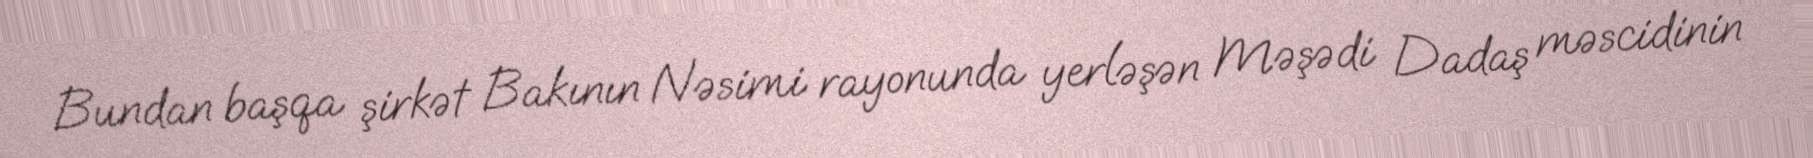
Bundan başqa şirkət Bakının Nəsimi rayonunda yerləşən Məşədi Dadaş məscidinin